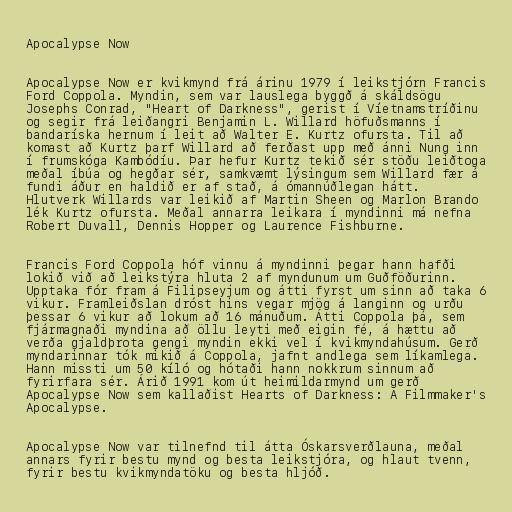
Apocalypse Now

Apocalypse Now er kvikmynd frá árinu 1979 í leikstjórn Francis
Ford Coppola. Myndin, sem var lauslega byggð á skáldsögu
Josephs Conrad, "Heart of Darkness", gerist í Víetnamstríðinu
og segir frá leiðangri Benjamin L. Willard höfuðsmanns í
bandaríska hernum í leit að Walter E. Kurtz ofursta. Til að
komast að Kurtz þarf Willard að ferðast upp með ánni Nung inn
í frumskóga Kambódíu. Þar hefur Kurtz tekið sér stöðu leiðtoga
meðal íbúa og hegðar sér, samkvæmt lýsingum sem Willard fær á
fundi áður en haldið er af stað, á ómannúðlegan hátt.
Hlutverk Willards var leikið af Martin Sheen og Marlon Brando
lék Kurtz ofursta. Meðal annarra leikara í myndinni má nefna
Robert Duvall, Dennis Hopper og Laurence Fishburne.

Francis Ford Coppola hóf vinnu á myndinni þegar hann hafði
lokið við að leikstýra hluta 2 af myndunum um Guðföðurinn.
Upptaka fór fram á Filipseyjum og átti fyrst um sinn að taka 6
vikur. Framleiðslan dróst hins vegar mjög á langinn og urðu
þessar 6 vikur að lokum að 16 mánuðum. Átti Coppola þá, sem
fjármagnaði myndina að öllu leyti með eigin fé, á hættu að
verða gjaldþrota gengi myndin ekki vel í kvikmyndahúsum. Gerð
myndarinnar tók mikið á Coppola, jafnt andlega sem líkamlega.
Hann missti um 50 kíló og hótaði hann nokkrum sinnum að
fyrirfara sér. Árið 1991 kom út heimildarmynd um gerð
Apocalypse Now sem kallaðist Hearts of Darkness: A Filmmaker's
Apocalypse.

Apocalypse Now var tilnefnd til átta Óskarsverðlauna, meðal
annars fyrir bestu mynd og besta leikstjóra, og hlaut tvenn,
fyrir bestu kvikmyndatöku og besta hljóð.